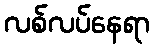
လစ်လပ်နေရာ